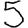
Digit: 5